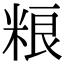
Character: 粮